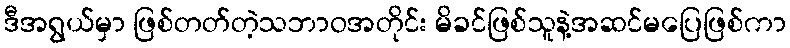
ဒီအရွယ်မှာ ဖြစ်တတ်တဲ့သဘာဝအတိုင်း မိခင်ဖြစ်သူနဲ့အဆင်မပြေဖြစ်ကာ